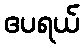
ဧပရယ်